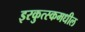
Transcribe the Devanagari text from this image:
इरकुत्स्कमधील